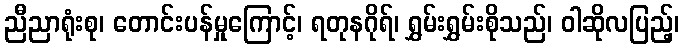
ညီညာရုံးစု၊ တောင်းပန်မှုကြောင့်၊ ရတုနဂိုရ်၊ ရွှမ်းရွှမ်းစိုသည်၊ ဝါဆိုလပြည့်၊